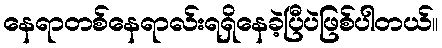
နေရာတစ်နေရာလ်းရရှိနေခဲ့ပြီပဲဖြစ်ပါတယ်။